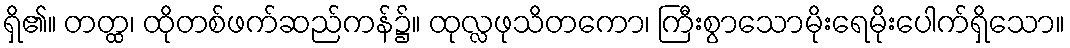
ရှိ၏။ တတ္ထ၊ ထိုတစ်ဖက်ဆည်ကန်၌။ ထုလ္လဖုသိတကော၊ ကြီးစွာသောမိုးရေမိုးပေါက်ရှိသော။